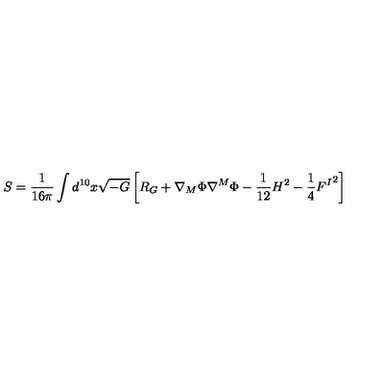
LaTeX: S = \frac { 1 } { 1 6 \pi } \int d ^ { 1 0 } x \sqrt { - G } \left[ R _ { G } + \nabla _ { M } \Phi \nabla ^ { M } \Phi - \frac { 1 } { 1 2 } H ^ { 2 } - \frac 1 4 { F ^ { I } } ^ { 2 } \right]